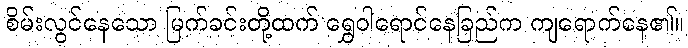
စိမ်းလွင်နေသော မြက်ခင်းတို့ထက် ရွှေဝါရောင်နေခြည်က ကျရောက်နေ၏။